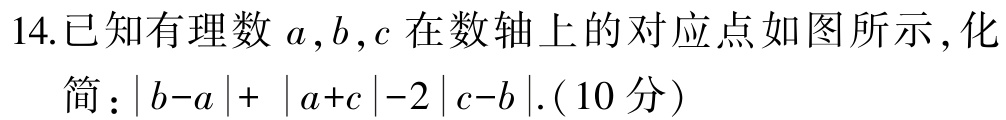
14.已知有理数\(a,b,c\)在数轴上的对应点如图所示，化简：\(\vert b - a\vert+\vert a + c\vert-2\vert c - b\vert\).（10分）